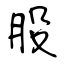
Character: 股